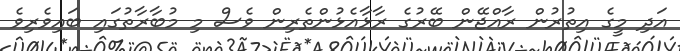
އަދި މީގެ އިތުރުން ރާއްޖޭން ބޭރުގެ ރާޅާއެޅުންތެރިން ވެސް މި މުބާރާތުގައި ބައިވެރިވެ